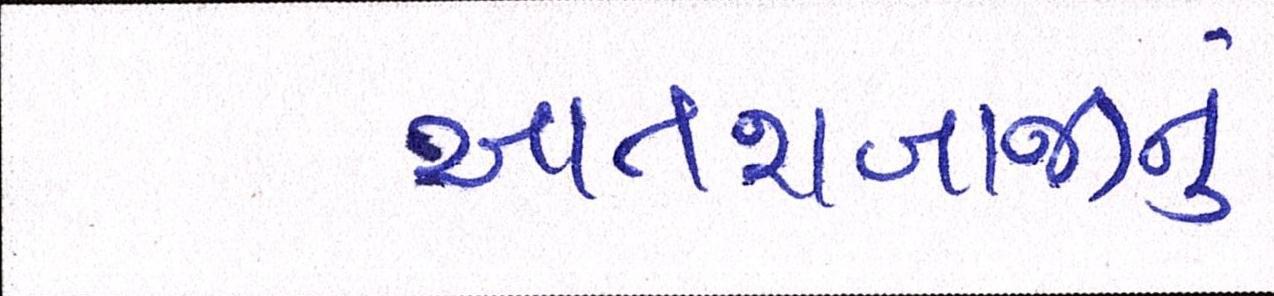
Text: આતશબાજીનું